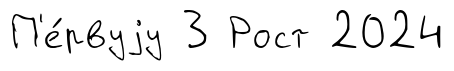
П'е́рвуjу 3 Рост 2024